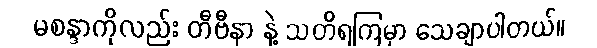
မစန္ဒာကိုလည်း တီဗီနာ နဲ့ သတိရကြမှာ သေချာပါတယ်။